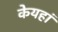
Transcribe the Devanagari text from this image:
केयहां